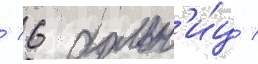
/ 6 больн'и́ц /